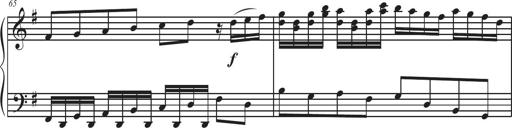
Title: Sonatina Espania
Composer: Jerald Franklin Archer
Key: Various